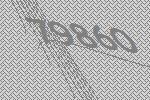
79860